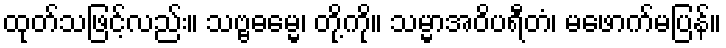
ထုတ်သဖြင့်လည်း။ သဗ္ဗဓမ္မေ၊ တို့ကို။ သမ္မာအဝိပရီတံ၊ မဖောက်မပြန်။